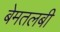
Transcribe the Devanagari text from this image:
बेमतलबी